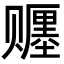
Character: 𬥿